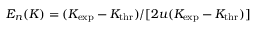
E _ { n } ( K ) = ( K _ { \mathrm { e x p } } - K _ { \mathrm { t h r } } ) / [ 2 u ( K _ { \mathrm { e x p } } - K _ { \mathrm { t h r } } ) ]